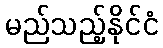
မည်သည့်နိုင်ငံ